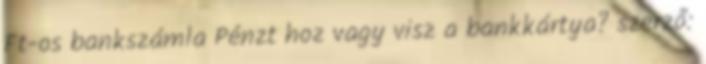
Ft-os bankszámla Pénzt hoz vagy visz a bankkártya? szerző: